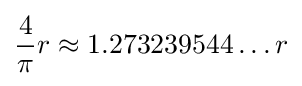
{\frac {4}{\pi }}r\approx 1.273239544\ldots r